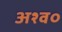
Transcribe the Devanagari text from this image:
अश्व०